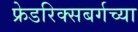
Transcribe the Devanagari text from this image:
फ्रेडरिक्सबर्गच्या